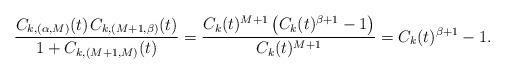
LaTeX: \begin{align*}\frac{C_{k,(\alpha,M)}(t) \kern+1pt C_{k,(M+1,\beta)}(t)}{1+C_{k,(M+1,M)}(t)} = \frac{C_k(t)^{M+1} \left( C_k(t)^{\beta+1} - 1 \right)}{C_k(t)^{M+1}} = C_k(t)^{\beta+1} - 1.\end{align*}